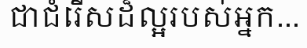
ជាជំរើសដ៏ល្អរបស់អ្នក...